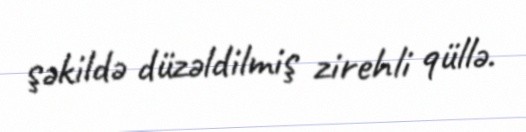
şəkildə düzəldilmiş zirehli qüllə.